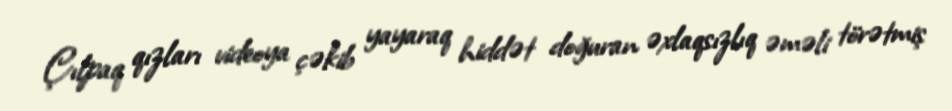
Çılpaq qızları videoya çəkib yayaraq hiddət doğuran əxlaqsızlıq əməli törətmiş